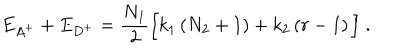
LaTeX: E _ { A ^ { + } } + E _ { D ^ { + } } = \frac { N _ { 1 } } { 2 } \Big [ k _ { 1 } \left( N _ { 2 } + 1 \right) + k _ { 2 } \left( r - 1 \right) \Big ] \; .